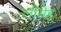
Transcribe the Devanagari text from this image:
लीमेह